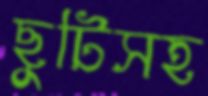
ছুটিসহ